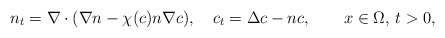
\begin{align*}n_t =\nabla \cdot(\nabla n- \chi(c) n \nabla c), \quad c_{t} =\Delta c-n c,\qquad x\in\Omega,\, t>0,\end{align*}